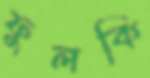
ফুলকি